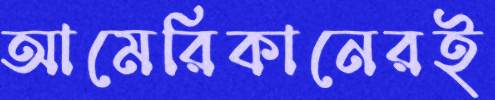
আমেরিকানেরই